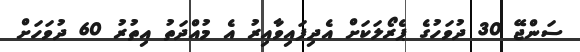
ސަންޖޭ 30 ދުވަހުގެ ޕެރޯލަކަށް އެދިފައިވާއިރު އެ މުއްދަތު އިތުރު 60 ދުވަހަށް